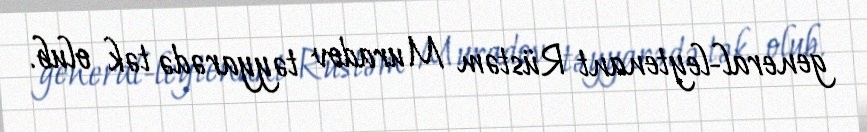
general-leytenant Rüstəm Muradov təyyarədə tək olub.